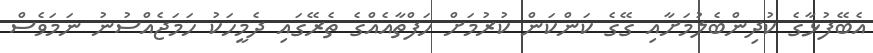
އެބޭފުޅާގެ ކުދިންބެލުމަށާއި ގޭގެ ކަންކަން ކުރުމަށް ހަފްތާއެއްގެ ތެރޭގައި ދެމީހަކު ހަމަޖެއްސުނު ނަމަވެސް